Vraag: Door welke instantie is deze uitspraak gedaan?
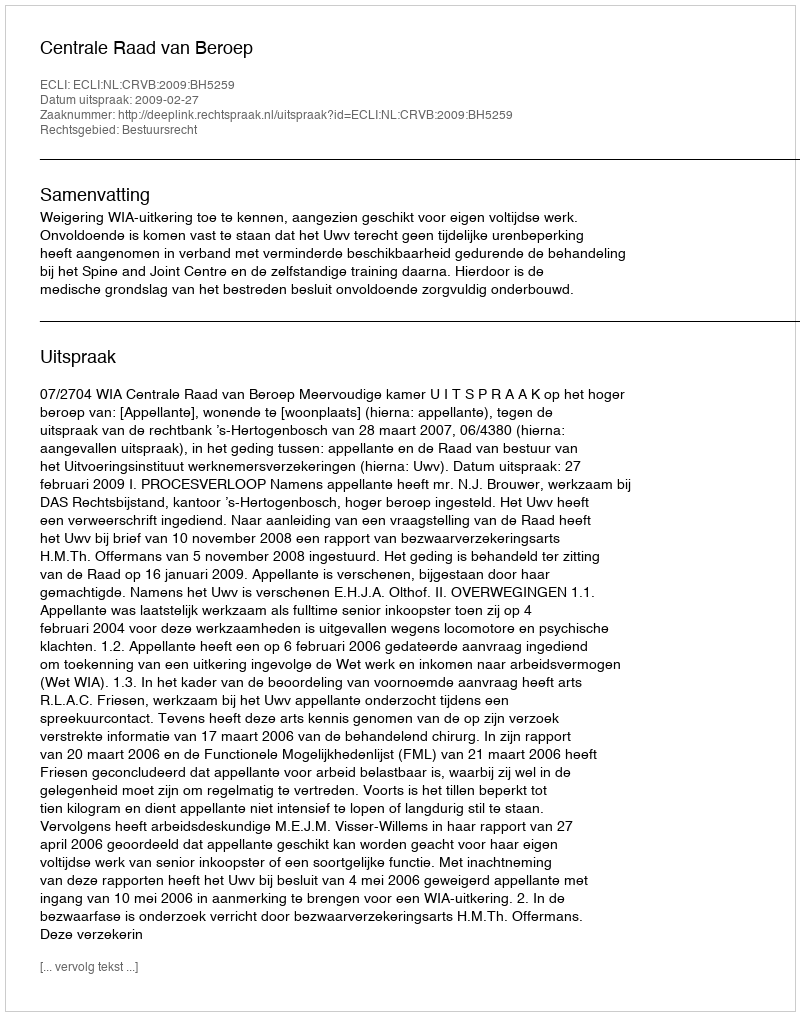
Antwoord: Centrale Raad van Beroep